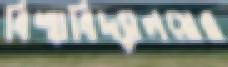
বিশ্বাবিদ্যালয়ের